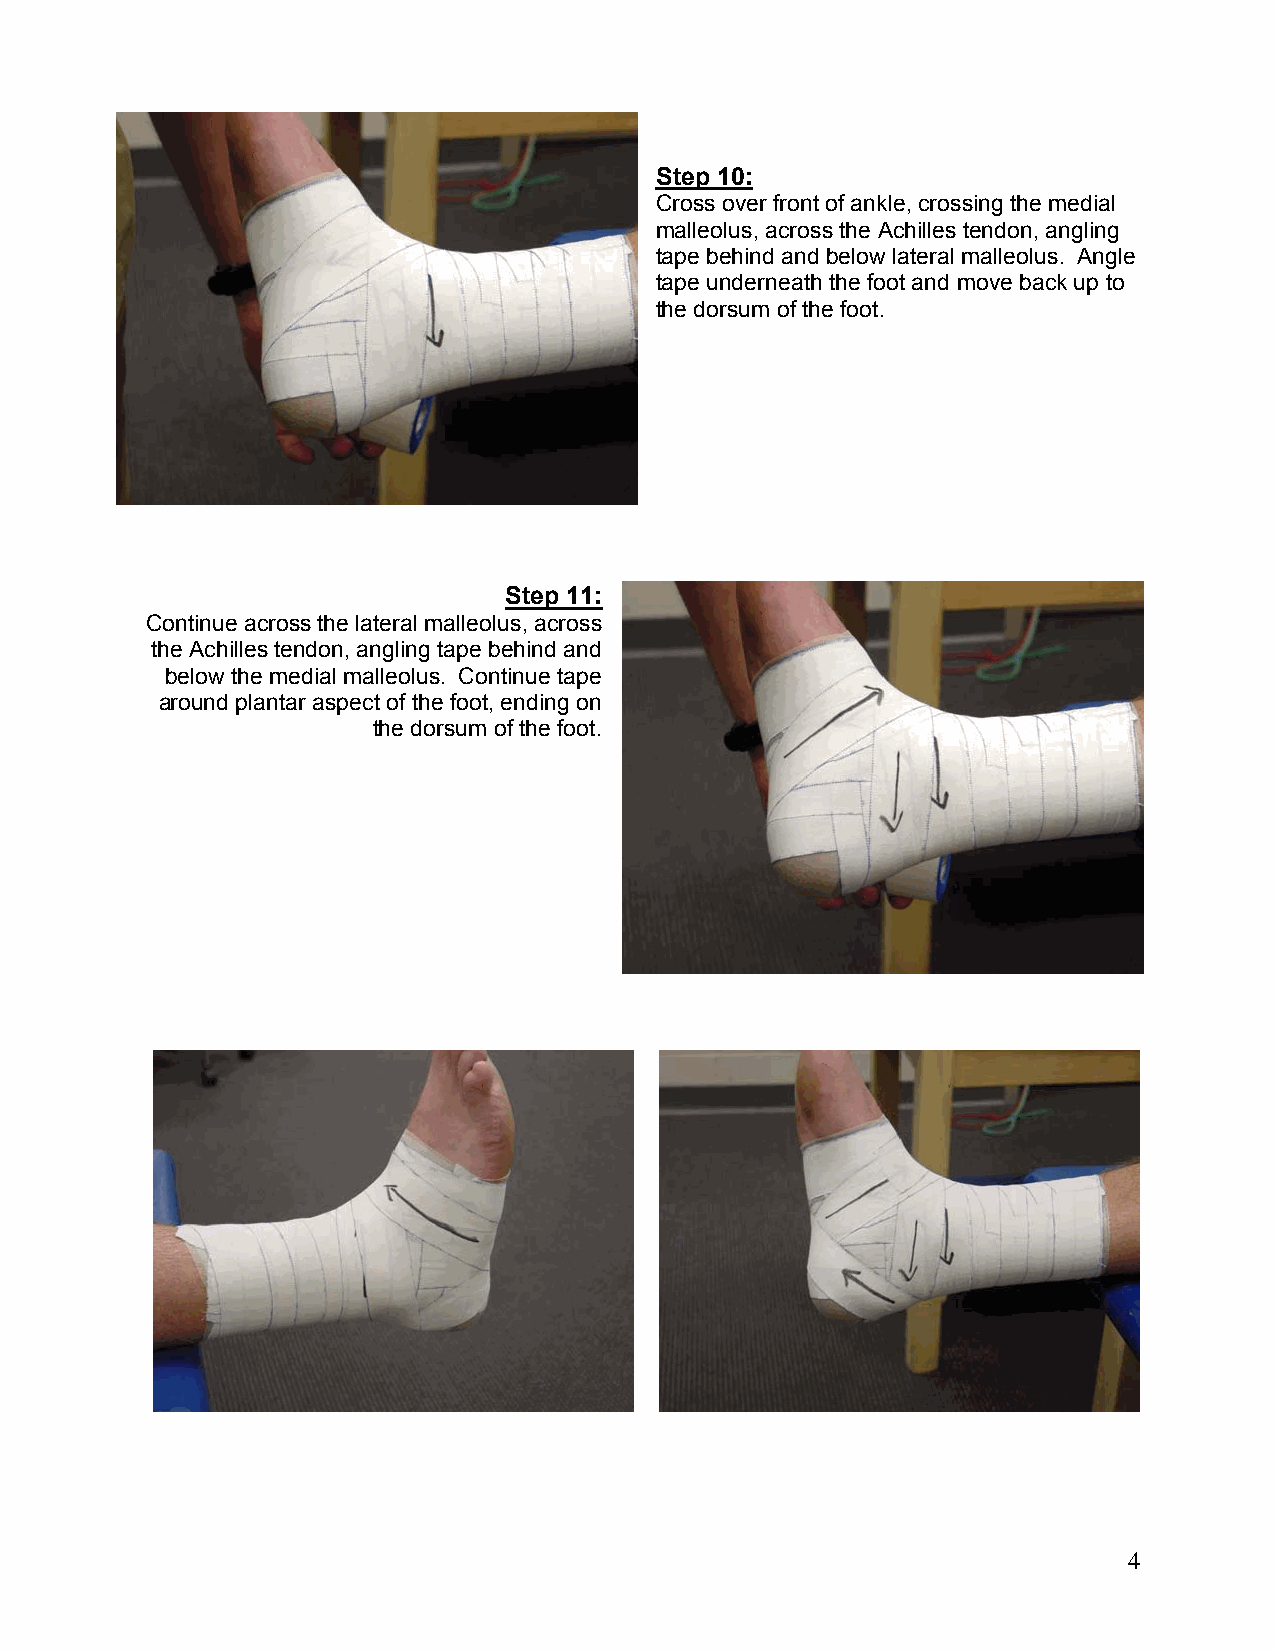
Step 10:
 Cross over front of ankle, crossing the medial
 malleolus, across the Achilles tendon, angling
 tape behind and below lateral malleolus. Angle
 tape underneath the foot and move back up to
 the dorsum of the foot.
 Step 11:
 Continue across the lateral malleolus, across
 the Achilles tendon, angling tape behind and
 below the medial malleolus. Continue tape
 around plantar aspect of the foot, ending on
 the dorsum of the foot.
 4